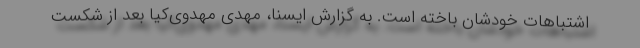
اشتباهات خودشان باخته است. به گزارش ایسنا، مهدی مهدوی‌کیا بعد از شکست